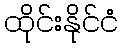
ထိုင်းနိုင်ငံ